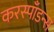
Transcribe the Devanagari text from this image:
करस्पाँडन्स